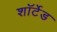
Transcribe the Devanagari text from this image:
शॉर्टेड